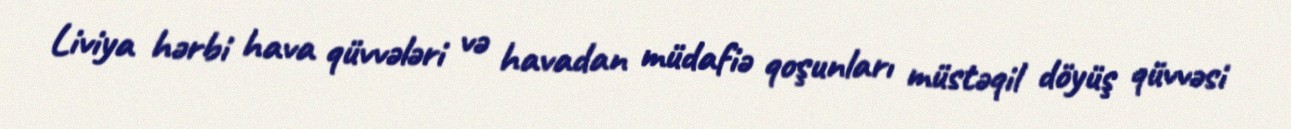
Liviya hərbi hava qüvvələri və havadan müdafiə qoşunları müstəqil döyüş qüvvəsi